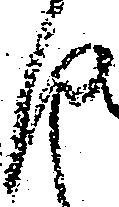
仰